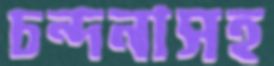
চন্দনাসহ